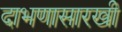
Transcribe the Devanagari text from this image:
दाभणासारखी